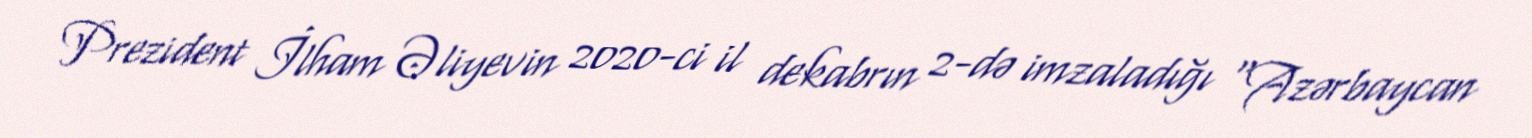
Prezident İlham Əliyevin 2020-ci il dekabrın 2-də imzaladığı "Azərbaycan